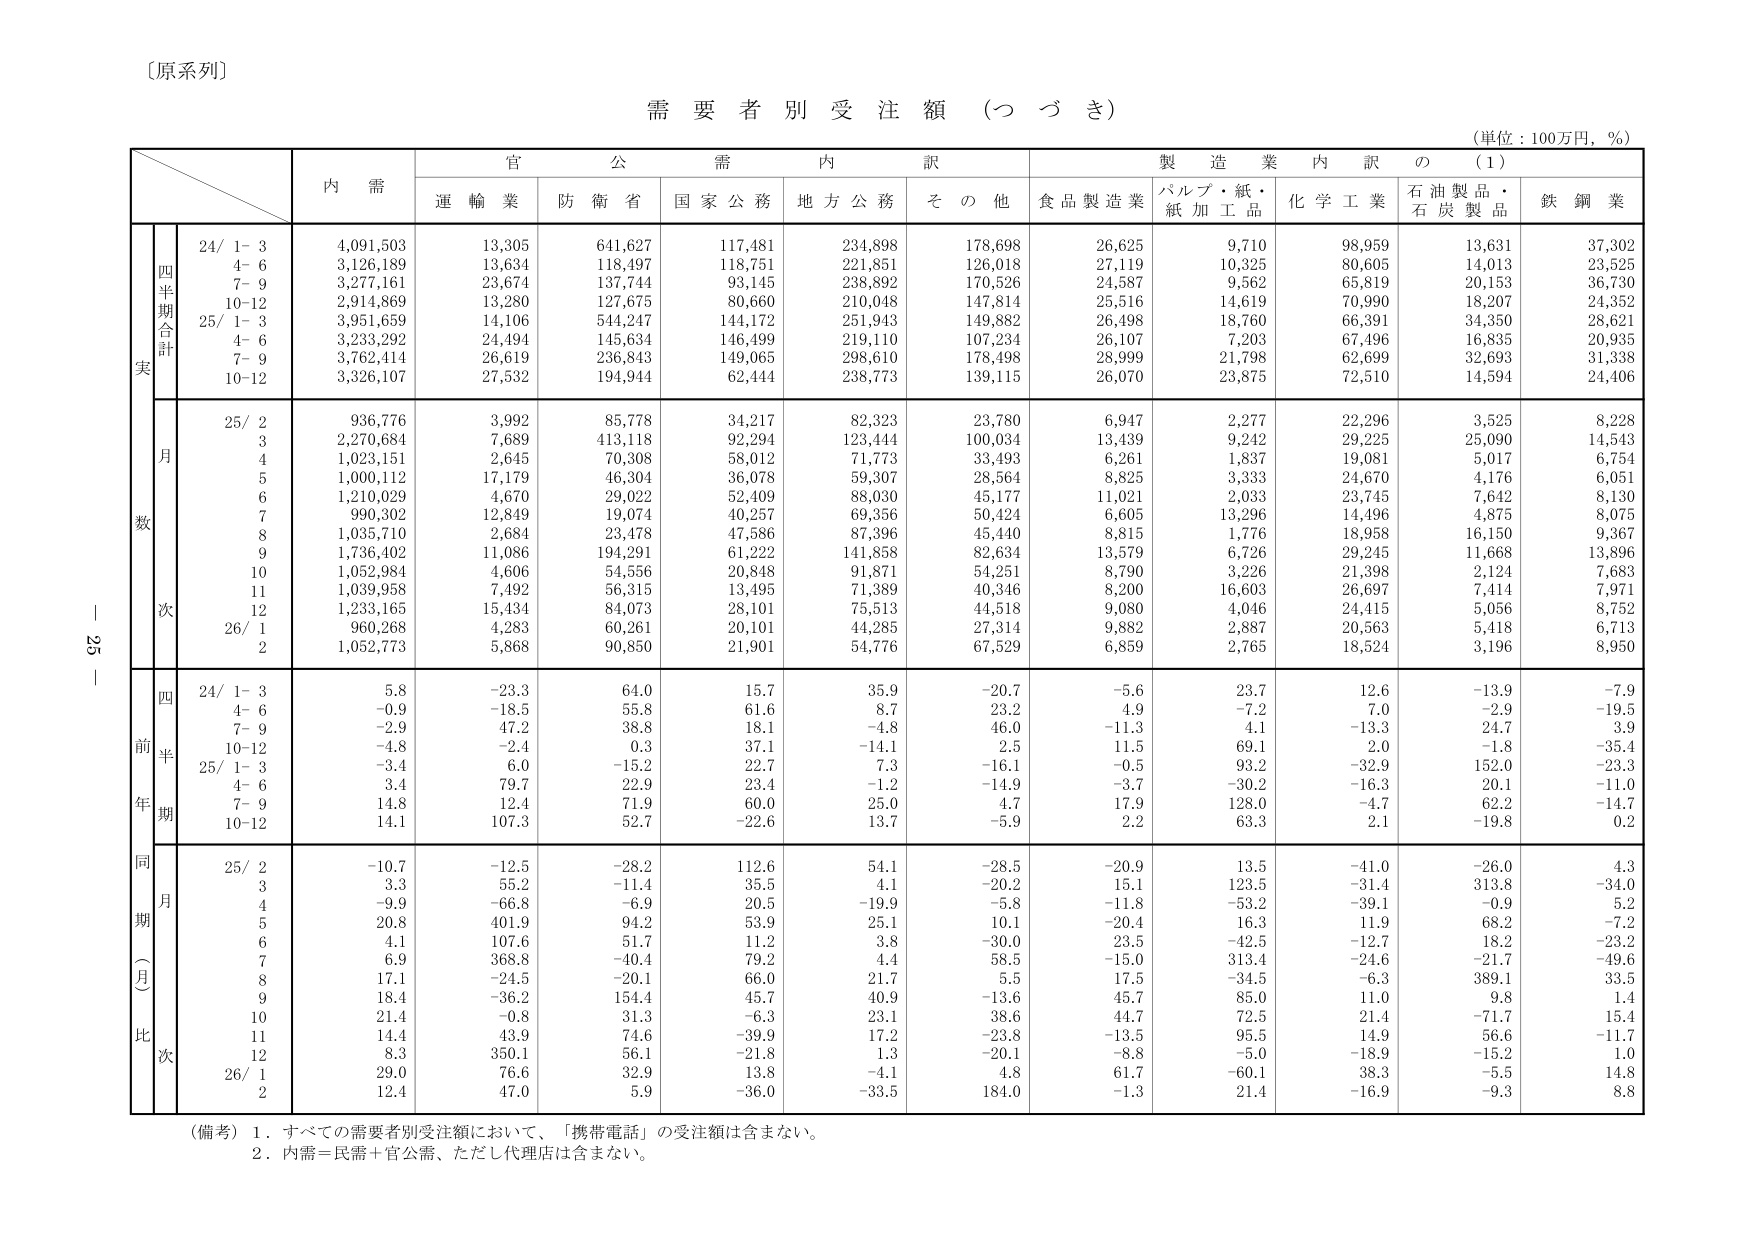
〔原系列〕

需要者別受注額（つづき）

（単位：100万円，％）